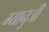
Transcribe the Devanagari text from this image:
ग्यानुजी